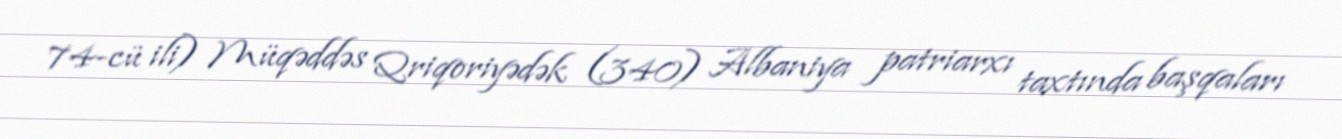
74-cü ili) Müqəddəs Qriqoriyədək (340) Albaniya patriarxı taxtında başqaları